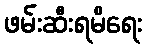
ဖမ်းဆီးရမိရေး